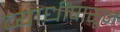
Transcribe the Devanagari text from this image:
व्याधींपासून